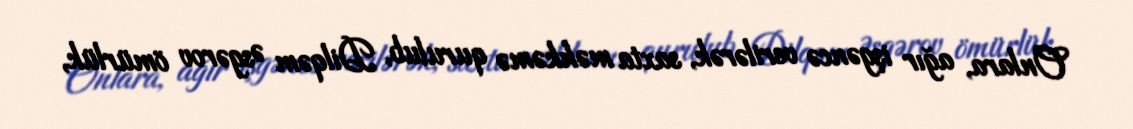
Onlara, ağır işgəncə verilərək, saxta məhkəmə qurulub, Dilqəm Əsgərov ömürlük,